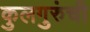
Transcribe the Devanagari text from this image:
कुलगुरुंची